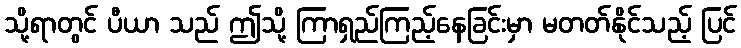
သို့ရာတွင် ပီယာ သည် ဤသို့ ကြာရှည်ကြည့်နေခြင်းမှာ မတတ်နိုင်သည့် ပြင်